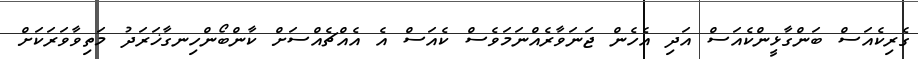
ގެރިކެއަސް ބަންގާޅީންކެއަސް އަދި އެހެން ޖަނަވާރެއްނަމަވެސް ކެއަސް އެ އެއްޗެއްސަށް ކާންބޯންހިނގާޚަރަދު މަތިވާވަރަކަށް